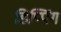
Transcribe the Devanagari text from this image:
डिप्पिंग